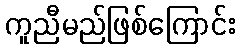
ကူညီမည်ဖြစ်ကြောင်း